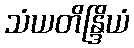
သံယတိန္ဒြိယံ